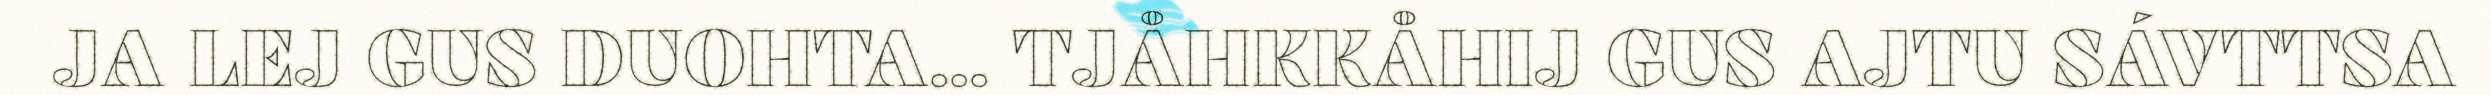
JA LEJ GUS DUOHTA... TJÅHKKÅHIJ GUS AJTU SÁVTTSA